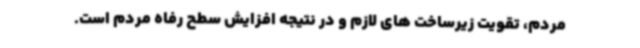
مردم، تقویت زیرساخت های لازم و در نتیجه افزایش سطح رفاه مردم است.